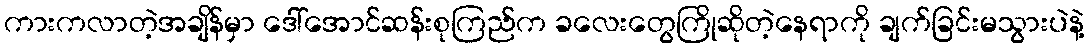
ကားကလာတဲ့အချိန်မှာ ဒေါ်အောင်ဆန်းစုကြည်က ခလေးတွေကြိုဆိုတဲ့နေရာကို ချက်ခြင်းမသွားပဲနဲ့